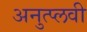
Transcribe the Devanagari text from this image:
अनुत्प्लवी